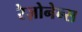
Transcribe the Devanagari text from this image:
रेज़ोनेन्स